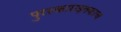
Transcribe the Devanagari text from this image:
पुरस्काराइतकाच